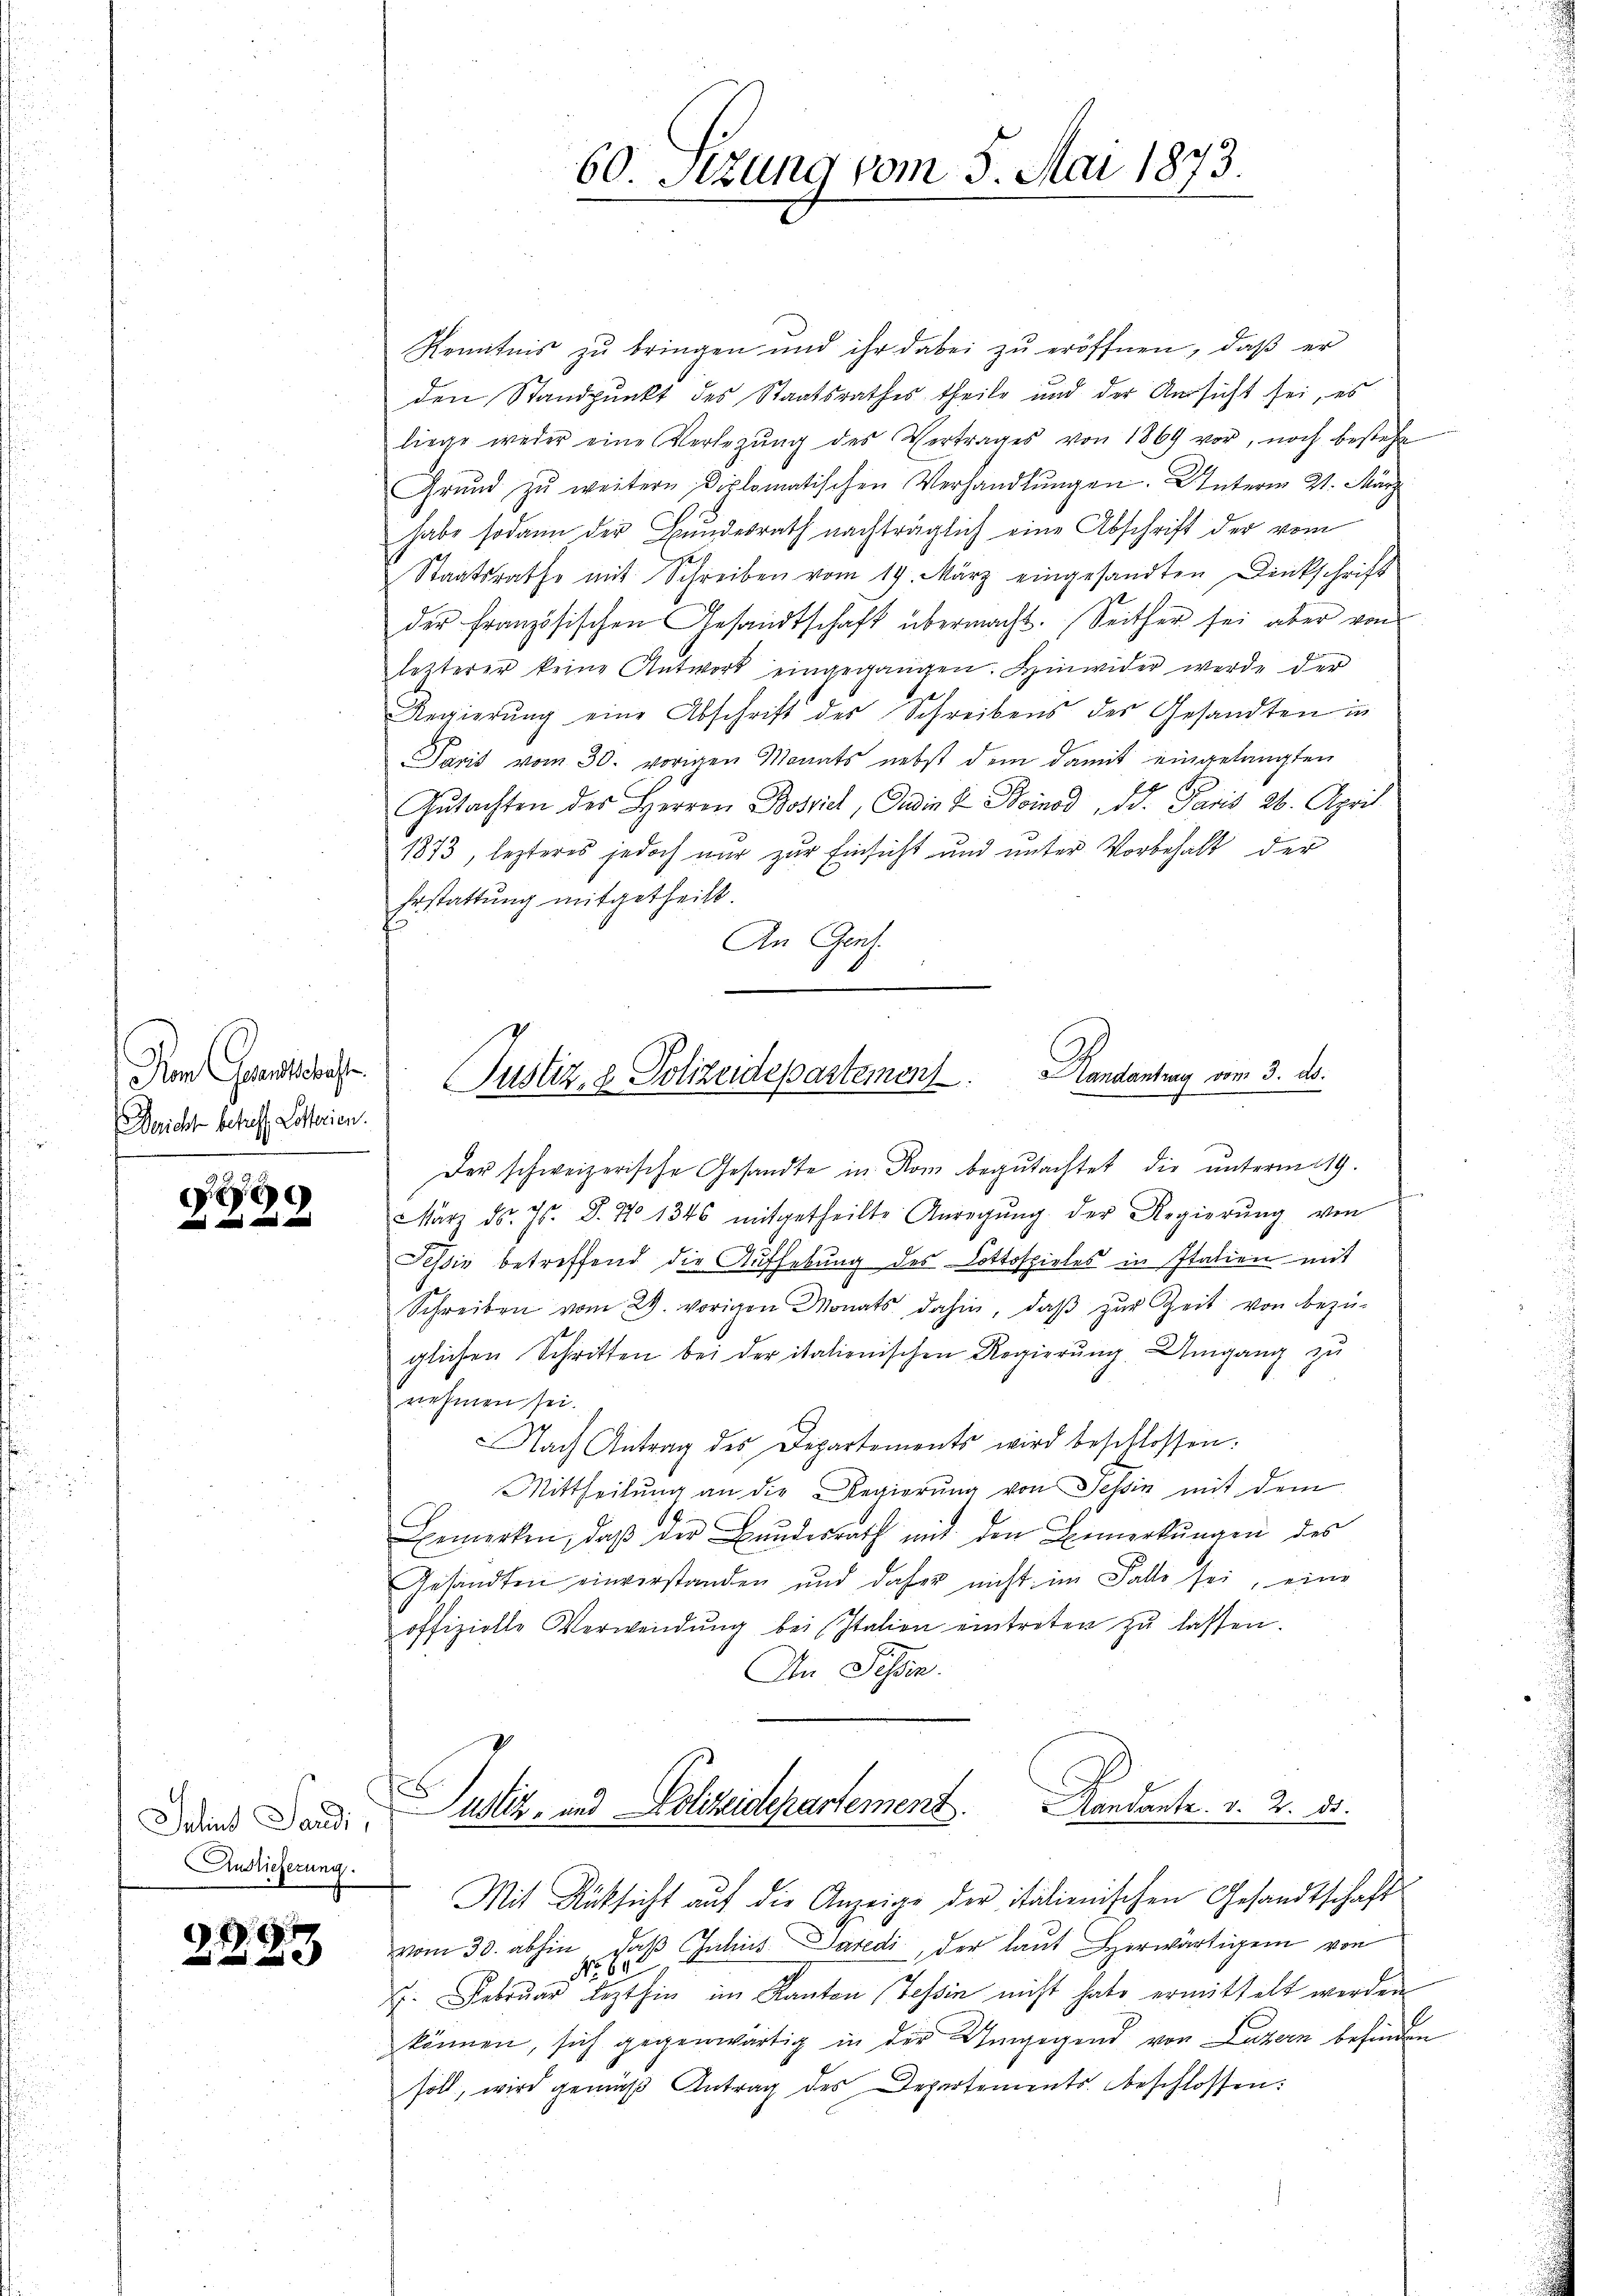
Vom Geschaft
Bericht betreff Lotterien.

e
e

Jahin Sardi,
Anslieferung.

2283

Kenntnis zu bringen und ihr dabei zŭ eröffnen, daβ er
den Standpunkt des Staatsrathes theile und der Aussicht sei, es
liege weder eine Verlegŭng des Vertrages von 1869 vor, noch bestehe
Grŭnd zŭ weitern Diplomatischen Verhandlŭngen. Unterm 21. März
habe sodann der Bundesrath nachträglich eine Abschrift der vom
Staatsrathe mit Schreiben vom 19. März eingesandten Denkschrift
der französischen Gesandtschaft übermacht. Seither sei aber von
lezterer keine Antwort eingegangen. Hinwider werde der
Regierŭng eine Abschrift der Schreibens des Gesandten in
Paris vom 30. vorigen Monats nebst dem damit eingelangten
Gutachten des Herren Bossie, Gadin & Boinod Dd. Paris 26. April
1873, lezteres jedoch nur zur Einsicht und unter Vorbehalt der
Erstattung mitgetheilt.
An Genf.
Der schweizerische Gesandte in Rom begutachtet die unterm 19.
März d. Js. d. No 1346 mitgetheilte Anregŭng der Regierŭng von
Pessiv betreffend die Aufhebung des Lottospieles in Italien mit
Schreiben vom 29. vorigen Monats dahin, daβ zŭr Zeit von bezü-
glichen Schritten bei der italienischen Regierung. Umgang zu
nehmen sei.
Nach Antrag des Departements wird beschlossen.
Mittheilŭng an die Regierŭng von Tessin mit dem
Bemerken, daß der Bundesrath mit den Bemerkungen des
Gesandten einverstanden und daher nicht im Falle sei, eine
offizielle Verwendŭng bei Italien eintreten zŭ lassen.
An Schen.
Justiz- und Polizeidepartement. Landante. v. 2. 30.
Mit Rücksicht auf die Anzeige der italienischen Gesandtschaft
vom 30. abhin, daβ Julius Paredi, der laut Herwärtigen von
7. Februar lezthin im Kanton Tessin nicht habe ermittelt werden
können, sich gegenwärtig in der Umgegend von Luzern befinden
soll, wird gemäβ Antrag des Departements beschlossen:

60. Sitzung vom 5. Mai 1873.

Justiz- & Polizeidepartemon Handantrag vom 3. ds.